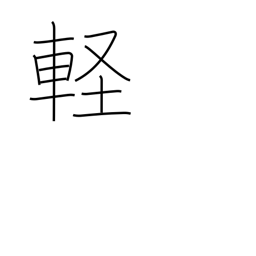
Meaning: trifling